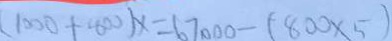
( 1 0 0 0 + 8 0 0 ) x = 6 7 0 0 0 - ( 8 0 0 \times 5 )